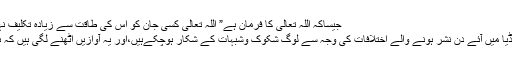
جیساکہ اللہ تعالی کا فرمان ہے” اللہ تعالی کسی جان کو اس کی طاقت سے زیادہ تکلیف نہیں دیتا….” (البقرہ : ۶۸۲)
آج الیکٹرانک اور پرنٹ میڈیا میں آئے دن نشر ہونے والے اختلافات کی وجہ سے لوگ شکوک وشبہات کے شکار ہوچکےہیں،اور یہ آوازیں اٹھنے لگی ہیں کہ ہم کس کی تابعداری کریں؟